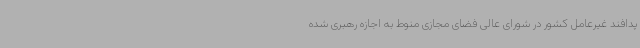
پدافند غیرعامل کشور در شورای عالی فضای مجازی منوط به اجازه رهبری شده